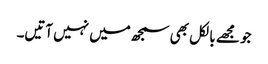
جو مجھے بالکل بھی سمجھ میں نہیں آتیں۔